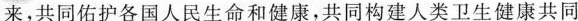
来，共同佑护各国人民生命和健康，共同构建人类卫生健康共同